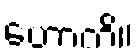
ဟောတိ။